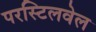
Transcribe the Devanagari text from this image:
परस्टिलवेल